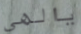
ياالهى